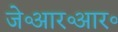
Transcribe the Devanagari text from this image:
जे॰आर॰आर॰